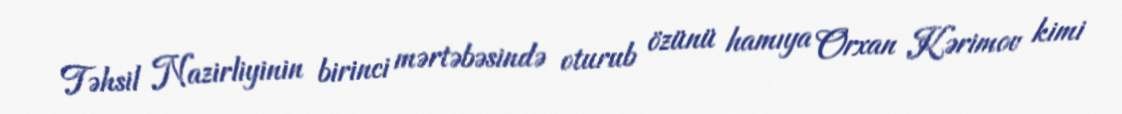
Təhsil Nazirliyinin birinci mərtəbəsində oturub özünü hamıya Orxan Kərimov kimi